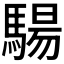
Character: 𩤟